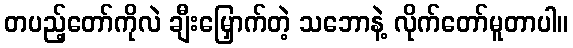
တပည့်တော်ကိုလဲ ချီးမြှောက်တဲ့ သဘောနဲ့ လိုက်တော်မူတာပါ။